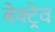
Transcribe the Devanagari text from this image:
बेक्ट्रेव